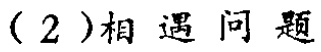
（2）相遇问题